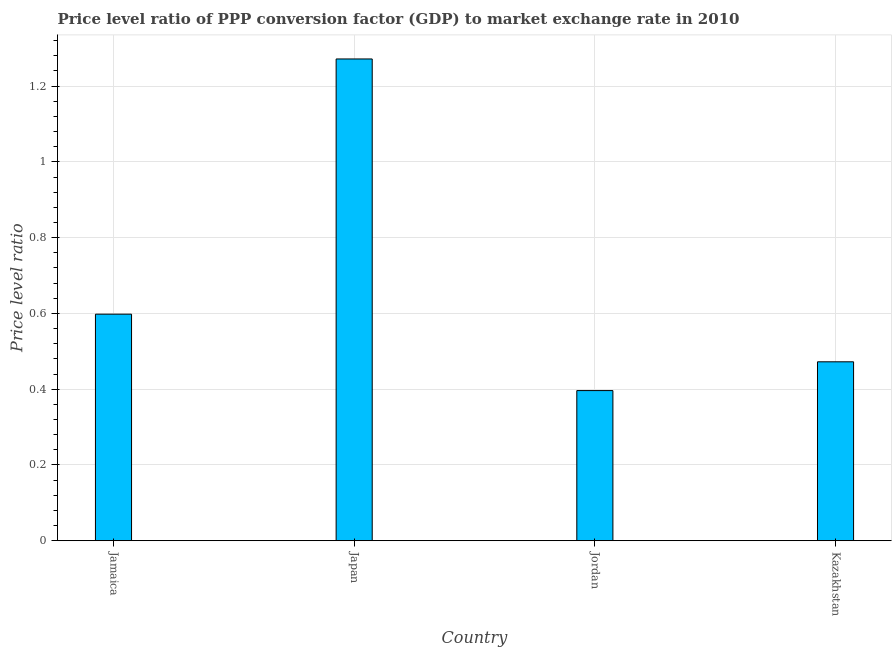
| Country | Price level ratio |
 | --- | --- |
 | Jamaica | 0.598 |
 | Japan | 1.27 |
 | Jordan | 0.396 |
 | Kazakhstan | 0.472 |